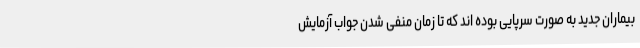
بیماران جدید به صورت سرپایی بوده اند که تا زمان منفی شدن جواب آزمایش